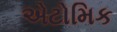
એટોમિક